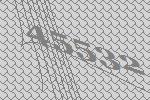
45532